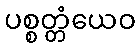
ပစ္စတ္တံယေဝ